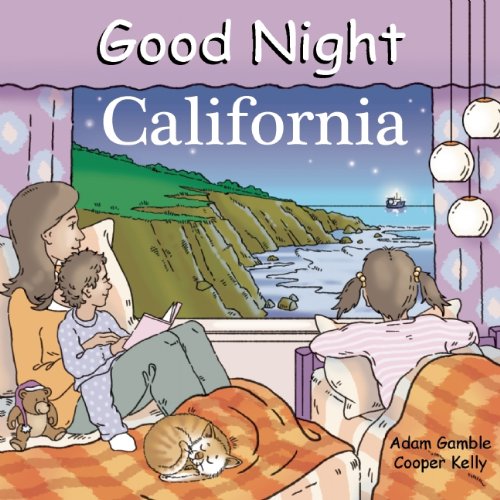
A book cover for Good Night California (Good Night Our World); Adam Gamble; Children's Books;